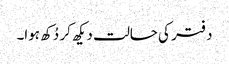
دفتر کی حالت دیکھ کر دُکھ ہوا۔